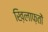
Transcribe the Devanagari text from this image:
ख़िलाफ़तों